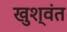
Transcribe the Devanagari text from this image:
खुश्वंत